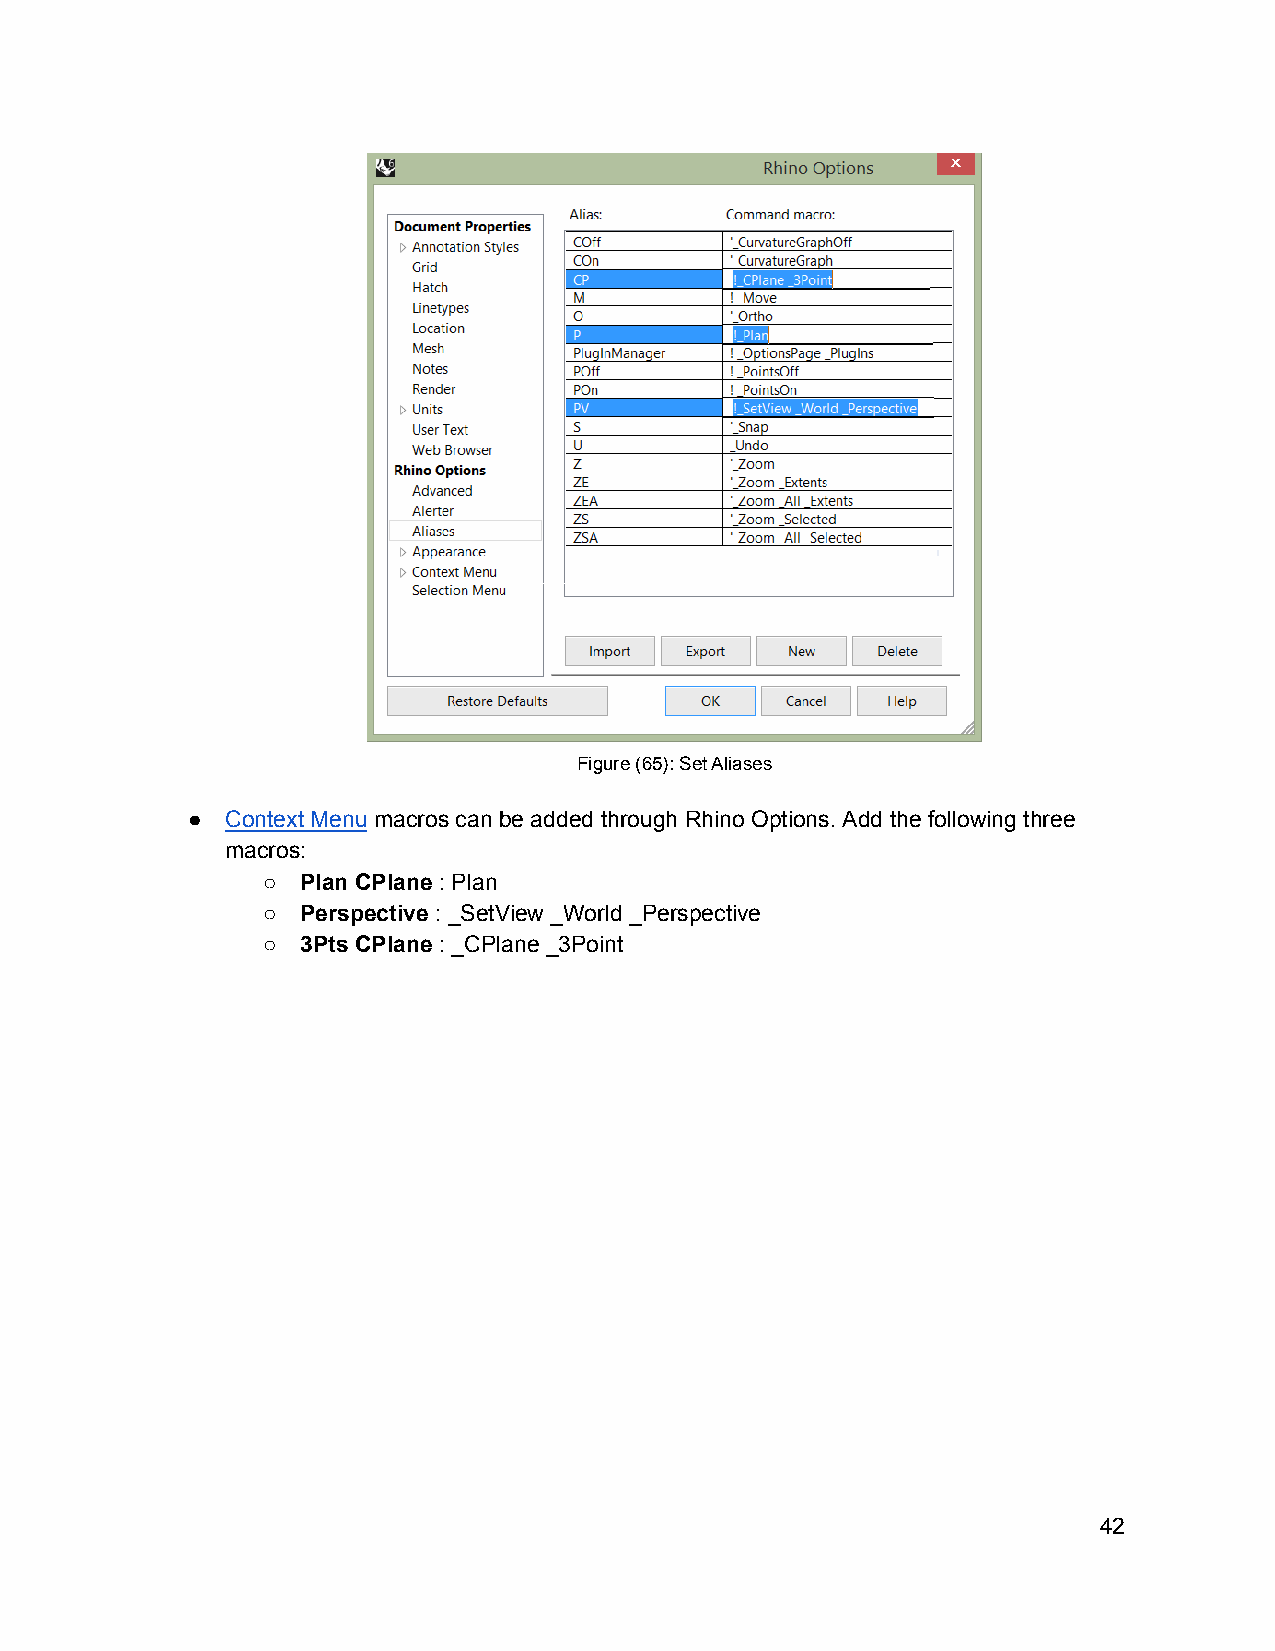
Figure (65): Set Aliases
 ●  Context Menu macros can be added through Rhino Options. Add the following three
 macros:
 ○  Plan CPlane : Plan
 ○  Perspective : _SetView _World _Perspective
 ○  3Pts CPlane : _CPlane _3Point
 42